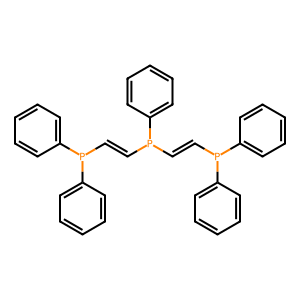
SMILES: C(=CP(c1ccccc1)c1ccccc1)P(C=CP(c1ccccc1)c1ccccc1)c1ccccc1
Inhibits HIV replication: No